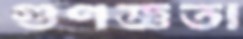
গুণজ্ঞতা